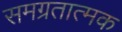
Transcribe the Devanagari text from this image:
समग्रतात्मक